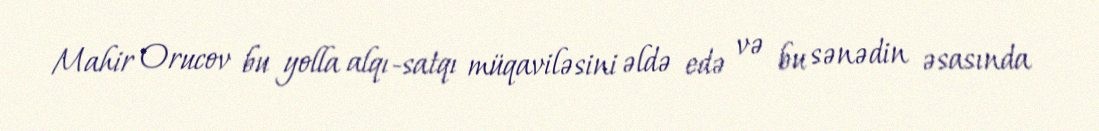
Mahir Orucov bu yolla alqı-satqı müqaviləsini əldə edə və bu sənədin əsasında